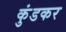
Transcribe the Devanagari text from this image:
कुंडकर